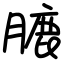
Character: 膔